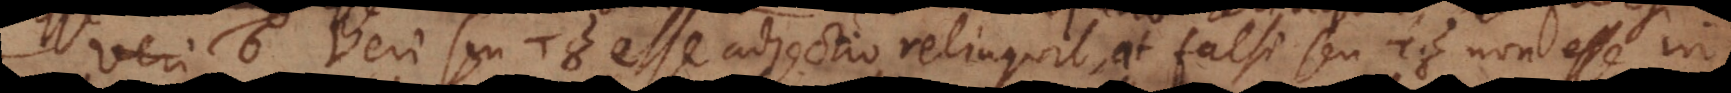
esse. 6. Veri seu του esse adjectio relinquit, at falsi seu του non esse in